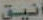
أنيق